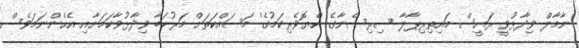
ނާމާލް ވިދާޅުވީ ރައީސް މައިތިރިޕާލާ ސިރިސެނާގެ 'ހެޔޮވެރިކަމުގެ' މަސައްކަތަށް މަރުހަބާ ވިދާޅުވާކަމަށާއި އެހެންނަމަވެސް